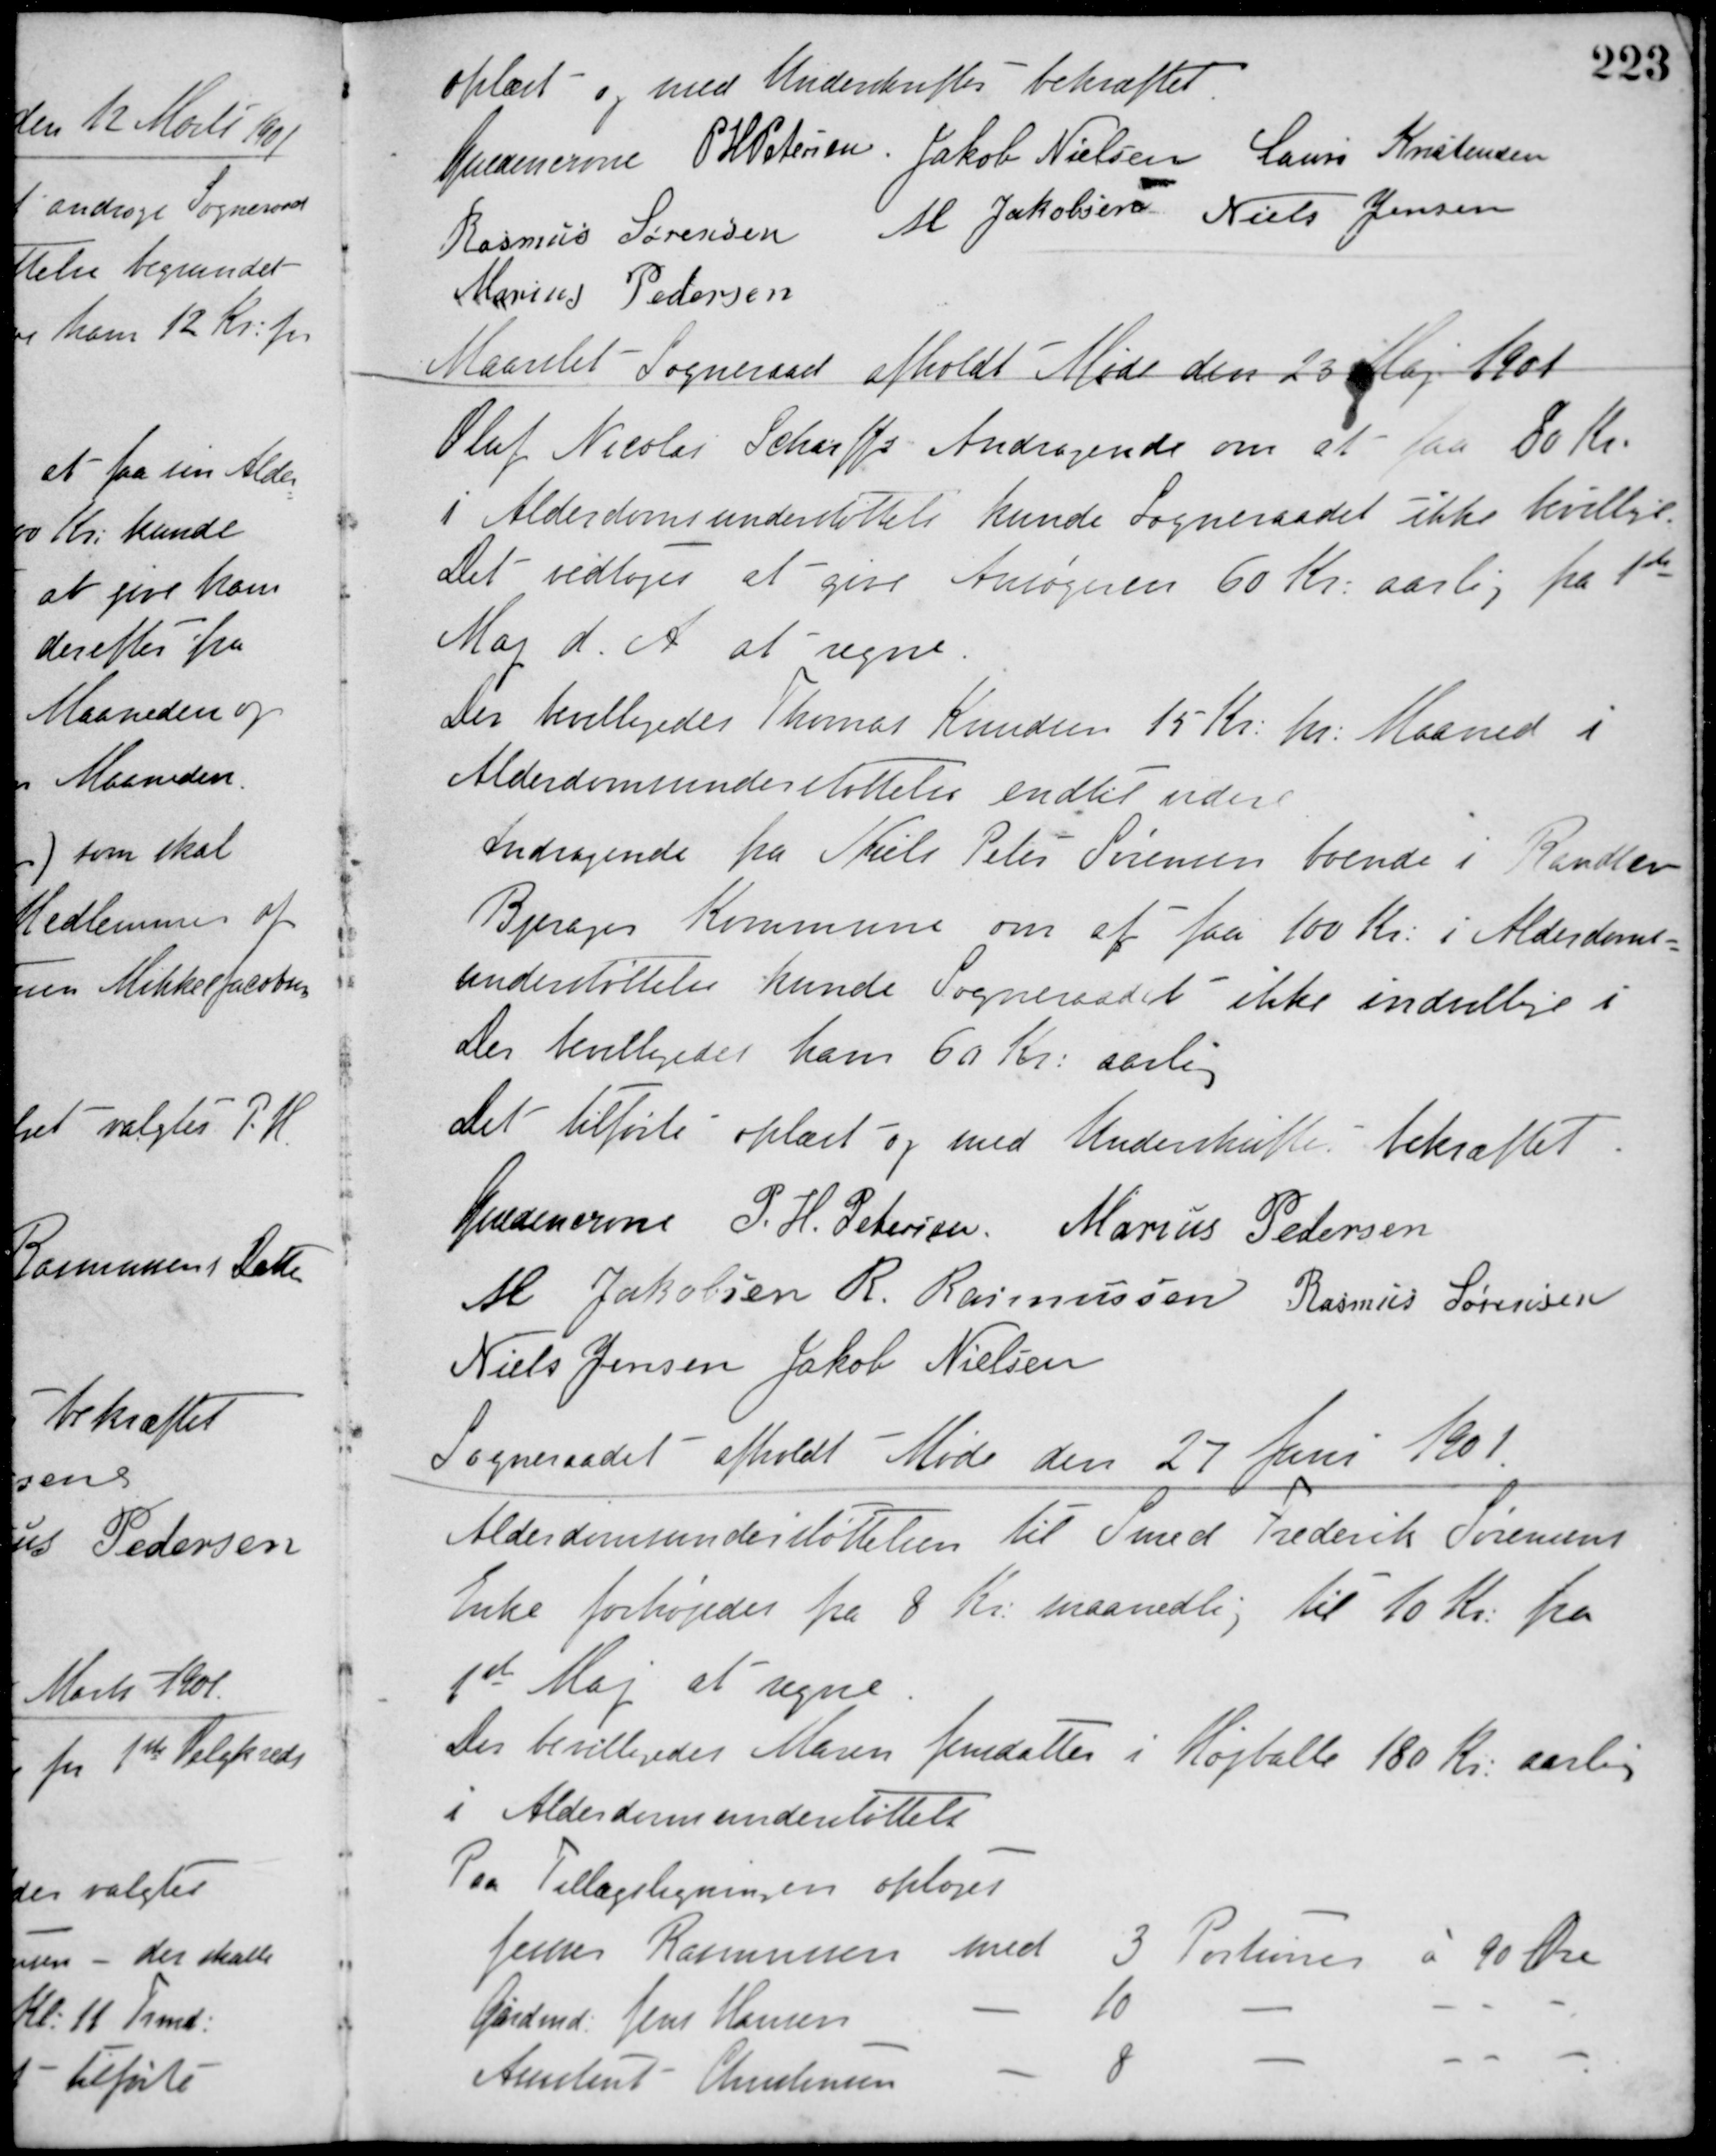
Transskription:
oplæst og med Underskrifter bekræftet
Guldencrone P. H. Petersen Jakob Nielsen Laurs Kristensen
Rasmus Sørensen M. Jakobsen Niels Jensen
Marius Pedersen
Maarslet Sogneraad afholdt Møde den 23 Maj 1901
Oluf Nicolai Scharffs Andragende om at faa 80 Kr.
i Alderdomsunderstøttels kunde Sogneraadet ikke bevillige.
Det vedtoges at give Ansøgeren 60 Kr. aarlig fra 1ste
Maj d. A. at regne.
Der bevilligedes Thomas Knudsen 15 Kr. pr. Maaned i
Alderdomsunderstøttelse indtil videre.
Andragende fra Niels Peter Sørensen boende i Randlev-
Bjergager Kommune om at faa 100 Kr. i Alderdoms-
understøttelse kunde Sogneraadet ikke indvilge i.
Der bevilligedes ham 60 Kr. aarlig.
Det tilførte oplæst og med Underskrifter bekræftet.
Guldencrone P. H. Petersen Marius Pedersen
M. Jakobsen R. Rasmussen Rasmus Sørensen
Niels Jensen Jakob Nielsen
Sogneraadet afholdt Møde den 27 Juni 1901.
Alderdomsunderstøttelsen til Smed Frederik Sørensens
Enke forhøjedes fra 8 Kr. maanedlig til 10 Kr. fra
1ste Maj at regne.
Der bevilligedes Maren Jensdatter i Højballe 180 Kr. aarlig
i Alderdomsunderstøttels
Paa Tillægsligningen optoges
Jenes Rasmussen med 3 Portioner á 90 Øre
Gårdmd. Jens Hansen - 10 - - - -
Assistent Christensen - 8 - - - -